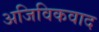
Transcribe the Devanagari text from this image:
अजिविकवाद